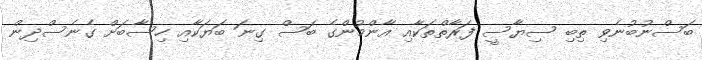
ބަސްނުބުނެވި ތިބި ސިޔާސީ ފަރާތްތަކާއި އާންމުންގެ ބަސް ގިނަ ބަޔަކާއި ހިސާބަށް ގެނެސްދިން